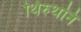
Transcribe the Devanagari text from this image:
थिरुथनि